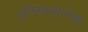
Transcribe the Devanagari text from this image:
प्रतिस्प्रधात्मक